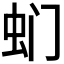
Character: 𮓳